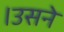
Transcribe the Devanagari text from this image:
।उसने